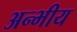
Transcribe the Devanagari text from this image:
अन्भीय